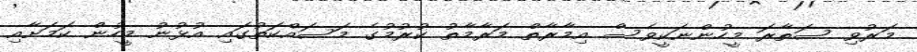
މަރުވި ސަތާރަ މީހުންނަކީވެސް އިމާރާތް މަރާމާތު ކުރުމުގެ މަސައްކަތުގައި އުޅުނު މީހުން ކަމަށާއި